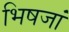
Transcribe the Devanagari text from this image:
भिषजां